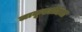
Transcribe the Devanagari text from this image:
लाकूडतोड्या